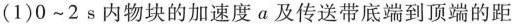
(1)0~2s内物块的加速度α及传送带底端到顶端的距